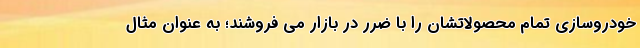
خودروسازی تمام محصولاتشان را با ضرر در بازار می فروشند؛ به عنوان مثال